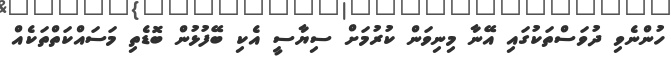
ހުންނެވި ދުވަސްތަކުގައި އޭނާ މިނިވަން ކުރުމަށް ސިޔާސީ އެކި ބޭފުޅުން ބޮޑެތި މަސައްކަތްތަކެއް